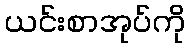
ယင်းစာအုပ်ကို